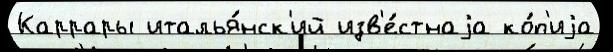
Каррары италья́нск'ий изв'е́стнаjа ко́п'иjа